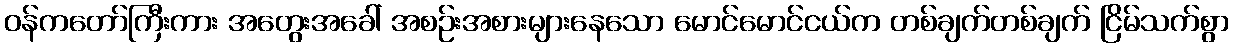
ဝန်ကတော်ကြီးကား အတွေးအခေါ် အစဉ်းအစားများနေသော မောင်မောင်ငယ်က တစ်ချက်တစ်ချက် ငြိမ်သက်စွာ